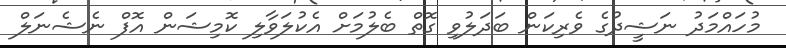
މުހައްމަދު ނަޝީދުގެ ވެރިކަން ބަދަލުވި ގޮތް ބެލުމަށް އެކުލަވާލި ކޮމިޝަން އޮފް ނެޝެނަލް